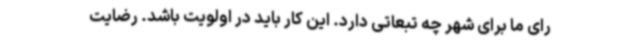
رای ما برای شهر چه تبعاتی دارد. این کار باید در اولویت باشد. رضایت